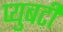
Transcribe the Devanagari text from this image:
प्युबर्टी